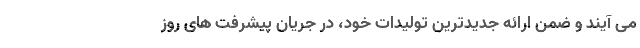
می ‌آیند و ضمن ارائه جدیدترین تولیدات خود، در جریان پیشرفت ‌های روز